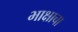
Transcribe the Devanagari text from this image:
भाक्षाचा